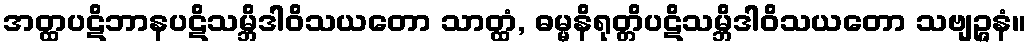
အတ္ထပဋိဘာနပဋိသမ္ဘိဒါဝိသယတော သာတ္ထံ, ဓမ္မနိရုတ္တိပဋိသမ္ဘိဒါဝိသယတော သဗျဉ္ဇနံ။